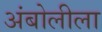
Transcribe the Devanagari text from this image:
अंबोलीला